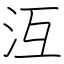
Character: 沍